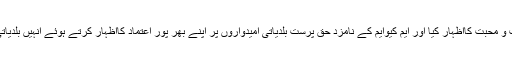
انتخابی جلسہ کے شرکاء نے قائد تحریک جناب الطاف حسین سے والہانہ عقیدت و محبت کااظہار کیا اور ایم کیوایم کے نامزد حق پرست بلدیاتی امیدواروں پر اپنے بھر پور اعتماد کااظہار کرتے ہوئے انہیں بلدیاتی الیکشن میں زیادہ سے زیادہ ووٹ دیکر کامیاب کرانے کی یقین دہانی کرائی ۔